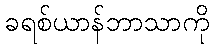
ခရစ်ယာန်ဘာသာကို